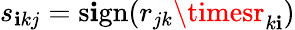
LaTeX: s_{\mathbf{i}kj}=\mathrm{{s\mathbf{i}gn}}(r_{jk}\timesr_{k\mathbf{i}})